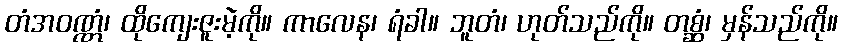
တံအဝဏ္ဏံ၊ ထိုကျေးဇူးမဲ့ကို။ ကာလေန၊ ရံခါ။ ဘူတံ၊ ဟုတ်သည်ကို။ တစ္ဆံ၊ မှန်သည်ကို။